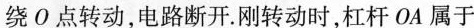
绕О点转动，电路断开。刚转动时，杠杆OA属于